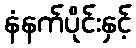
နံနက်ပိုင်းနှင့်